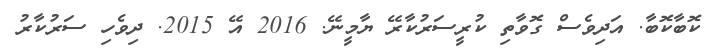
ކޮބާކޮބާ. އަދިވެސް ގޮވާތި ކުރީސަރުކާރޭ ޔާމީނޭ. 2016 އޭ 2015. ދިވެހި ސަރުކާރު